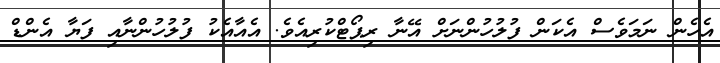
އެހެން ނަމަވެސް އެކަން ފުލުހުންނަށް އޭނާ ރިޕޯޓްކުރިއެވެ. އެއާއެކު ފުލުހުންނާއި ފަޔާ އެންޑް